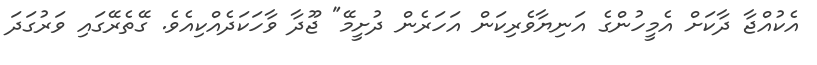
އެކުއްޖާ ދާކަށް އެމީހުންގެ އަނިޔާވެރިކަން އަހަރެން ދުށީމޭ" ޖޫދާ ވާހަކަދެއްކިއެވެ. ގޭތެރޭގައި ވަރުގަދަ